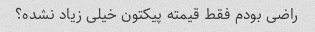
راضی بودم فقط قیمته پیکتون خیلی زیاد نشده؟